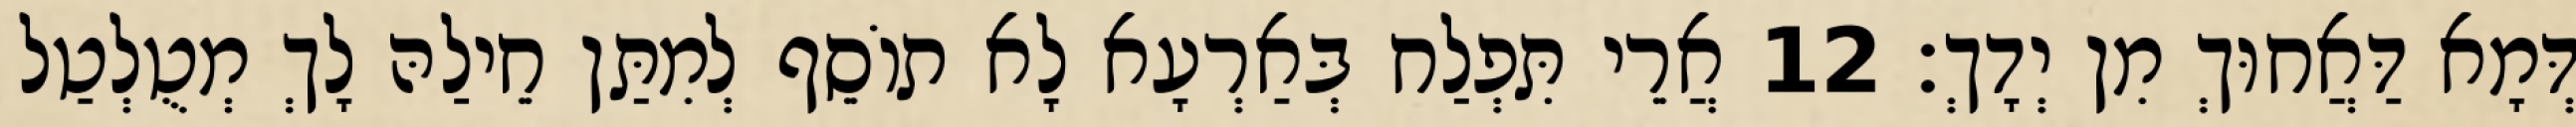
דְּמָא דַּאֲחוּךְ מִן יְדָךְ׃ 12 אֲרֵי תִּפְלַח בְּאַרְעָא לָא תוֹסֵף לְמִתַּן חֵילַהּ לָךְ מְטֻלְטַל